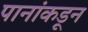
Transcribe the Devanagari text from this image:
पानांकडून